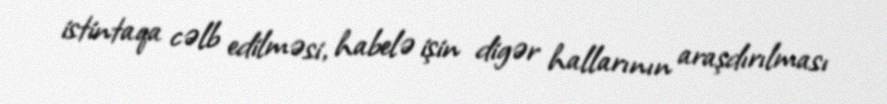
istintaqa cəlb edilməsi, habelə işin digər hallarının araşdırılması